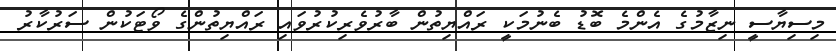
މިސިޔާސީ ނިޒާމުގެ އެންމެ ބޮޑު ބެނުމަކީ ރައްޔިތުން ބާރުވެރިކުރުވައި ރައްޔިތުންގެ ވޯޓަކުން ސަރުކާރު